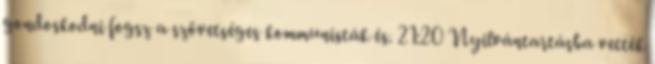
gondoskodni fogsz a szövetséges kommunisták és. 21:20 Nyilvántartásba vették